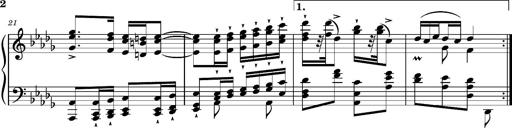
Title: Magyar Tempo
Composer: Franz Liszt
Key: D-flat major